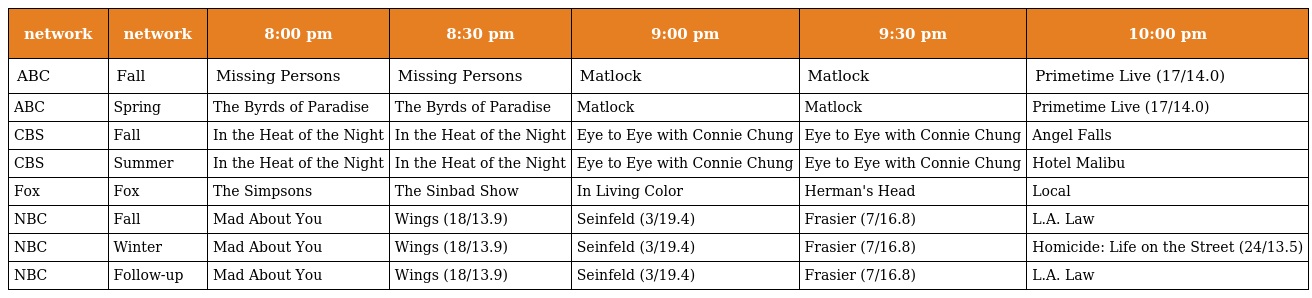
| network | network | 8:00 pm | 8:30 pm | 9:00 pm | 9:30 pm | 10:00 pm |
 | --- | --- | --- | --- | --- | --- | --- |
 | ABC | Fall | Missing Persons | Missing Persons | Matlock | Matlock | Primetime Live (17/14.0) |
 | ABC | Spring | The Byrds of Paradise | The Byrds of Paradise | Matlock | Matlock | Primetime Live (17/14.0) |
 | CBS | Fall | In the Heat of the Night | In the Heat of the Night | Eye to Eye with Connie Chung | Eye to Eye with Connie Chung | Angel Falls |
 | CBS | Summer | In the Heat of the Night | In the Heat of the Night | Eye to Eye with Connie Chung | Eye to Eye with Connie Chung | Hotel Malibu |
 | Fox | Fox | The Simpsons | The Sinbad Show | In Living Color | Herman's Head | Local |
 | NBC | Fall | Mad About You | Wings (18/13.9) | Seinfeld (3/19.4) | Frasier (7/16.8) | L.A. Law |
 | NBC | Winter | Mad About You | Wings (18/13.9) | Seinfeld (3/19.4) | Frasier (7/16.8) | Homicide: Life on the Street (24/13.5) |
 | NBC | Follow-up | Mad About You | Wings (18/13.9) | Seinfeld (3/19.4) | Frasier (7/16.8) | L.A. Law |